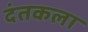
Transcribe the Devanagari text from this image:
दंतकला